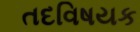
તદવિષયક